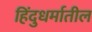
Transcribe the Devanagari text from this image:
हिंदुधर्मातील